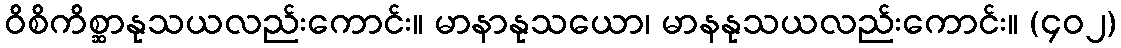
ဝိစိကိစ္ဆာနုသယလည်းကောင်း။ မာနာနုသယော၊ မာနနုသယလည်းကောင်း။ (၄၀၂)